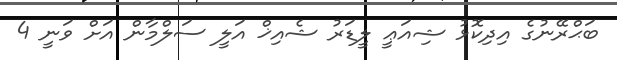
ބަޙްރޭނުގެ އިދިކޮޅު ޝިއަޢީ ލީޑަރު ޝެއިޚް އަލީ ސަލްމާން އަށް ވަނީ 4